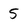
Character: 5